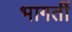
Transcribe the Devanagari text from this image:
भागतीं